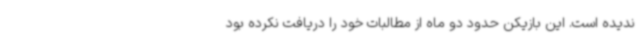
ندیده است. این بازیکن حدود دو ماه از مطالبات خود را دریافت نکرده بود